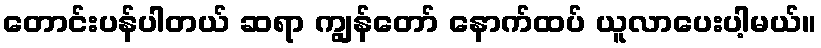
တောင်းပန်ပါတယ် ဆရာ ကျွန်တော် နောက်ထပ် ယူလာပေးပါ့မယ်။